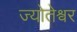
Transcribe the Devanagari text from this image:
ज्योतेश्वर